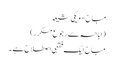
مباح - ویکی شیعہ
(اباحہ سے رجوع مکرر)
مباح ایک فقہی اصطلاح ہے ۔